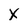
Character: x